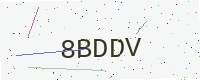
Text: 8BDDV